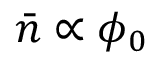
\bar { n } \propto \phi _ { 0 }